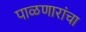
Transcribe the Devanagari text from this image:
पाळणारांचा